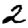
Digit: 2